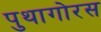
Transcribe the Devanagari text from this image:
पुथागोरस